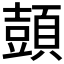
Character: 𲊳